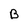
Character: B